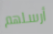
أرسلهم